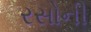
રસોની